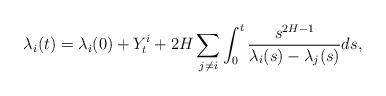
LaTeX: \begin{align*}\lambda_{i}(t)=\lambda_{i}(0)+Y_{t}^{i}+2H\sum_{j\not =i}\int_{0}^{t}\frac{s^{2H-1}}{\lambda_{i}(s)-\lambda_{j}(s)}ds, \end{align*}